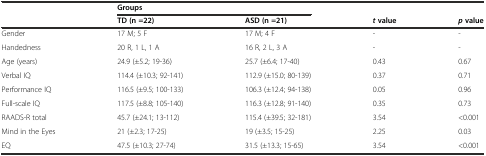
<table><thead><tr><td></td><td colspan="2"><b>Groups</b></td><td></td><td></td></tr><tr><td></td><td><b>TD (n =22)</b></td><td><b>ASD (n =21)</b></td><td><b><i>t</i>value</b></td><td><b><i>p</i>value</b></td></tr></thead><tbody><tr><td>Gender</td><td>17 M; 5 F</td><td>17 M; 4 F</td><td>-</td><td>-</td></tr><tr><td>Handedness</td><td>20 R, 1 L, 1 A</td><td>16 R, 2 L, 3 A</td><td>-</td><td>-</td></tr><tr><td>Age (years)</td><td>24.9 (±5.2; 19-36)</td><td>25.7 (±6.4; 17-40)</td><td>0.43</td><td>0.67</td></tr><tr><td>Verbal IQ</td><td>114.4 (±10.3; 92-141)</td><td>112.9 (±15.0; 80-139)</td><td>0.37</td><td>0.71</td></tr><tr><td>Performance IQ</td><td>116.5 (±9.5; 100-133)</td><td>106.3 (±12.4; 94-138)</td><td>0.05</td><td>0.96</td></tr><tr><td>Full-scale IQ</td><td>117.5 (±8.8; 105-140)</td><td>116.3 (±12.8; 91-140)</td><td>0.35</td><td>0.73</td></tr><tr><td>RAADS-R total</td><td>45.7 (±24.1; 13-112)</td><td>115.4 (±39.5; 32-181)</td><td>3.54</td><td>&lt;0.001</td></tr><tr><td>Mind in the Eyes</td><td>21 (±2.3; 17-25)</td><td>19 (±3.5; 15-25)</td><td>2.25</td><td>0.03</td></tr><tr><td>EQ</td><td>47.5 (±10.3; 27-74)</td><td>31.5 (±13.3; 15-65)</td><td>3.54</td><td>&lt;0.001</td></tr></tbody></table>